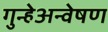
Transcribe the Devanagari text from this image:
गुन्हेअन्वेषण